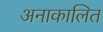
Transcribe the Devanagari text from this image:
अनाकालित